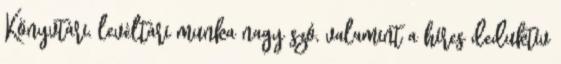
Könyvtári, levéltári munka nagy szó, valamint a híres deduktív